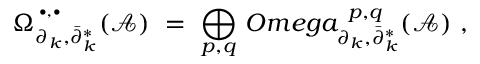
\Omega _ { \partial _ { k } , \bar { \partial } _ { k } ^ { * } } ^ { \, ^ { \bullet , \bullet } } ( { \mathcal A } ) \ = \ \displaystyle \bigoplus _ { p , q } \, O m e g a _ { \partial _ { k } , \bar { \partial } _ { k } ^ { * } } ^ { \ p , q } ( { \mathcal A } ) \ ,